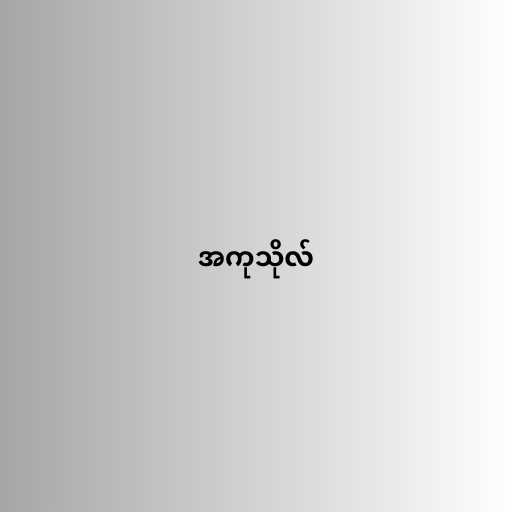
အကုသိုလ်